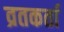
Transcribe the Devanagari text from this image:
व्रतकर्ता